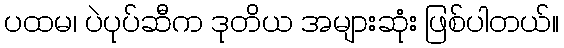
ပထမ၊ ပဲပုပ်ဆီက ဒုတိယ အများဆုံး ဖြစ်ပါတယ်။